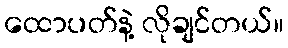
ထောပတ်နဲ့ လိုချင်တယ်။